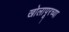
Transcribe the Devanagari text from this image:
खोलापूरच्या